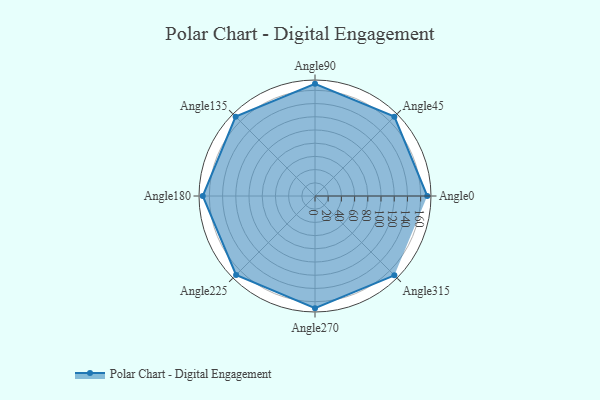
{"axis": {"x": "Angle", "y": "Radius"}, "legend": [""], "data": [{"x": "Angle0", "y": 170, "type": ""}, {"x": "Angle45", "y": 170, "type": ""}, {"x": "Angle90", "y": 170, "type": ""}, {"x": "Angle135", "y": 170, "type": ""}, {"x": "Angle180", "y": 170, "type": ""}, {"x": "Angle225", "y": 169.0, "type": ""}, {"x": "Angle270", "y": 170.0, "type": ""}, {"x": "Angle315", "y": 170, "type": ""}]}